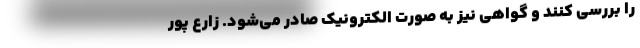
را بررسی کنند و گواهی نیز به صورت الکترونیک صادر می‌شود. زارع پور